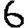
Digit: 6